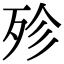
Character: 殄